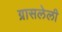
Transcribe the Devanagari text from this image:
ग्रासलेली